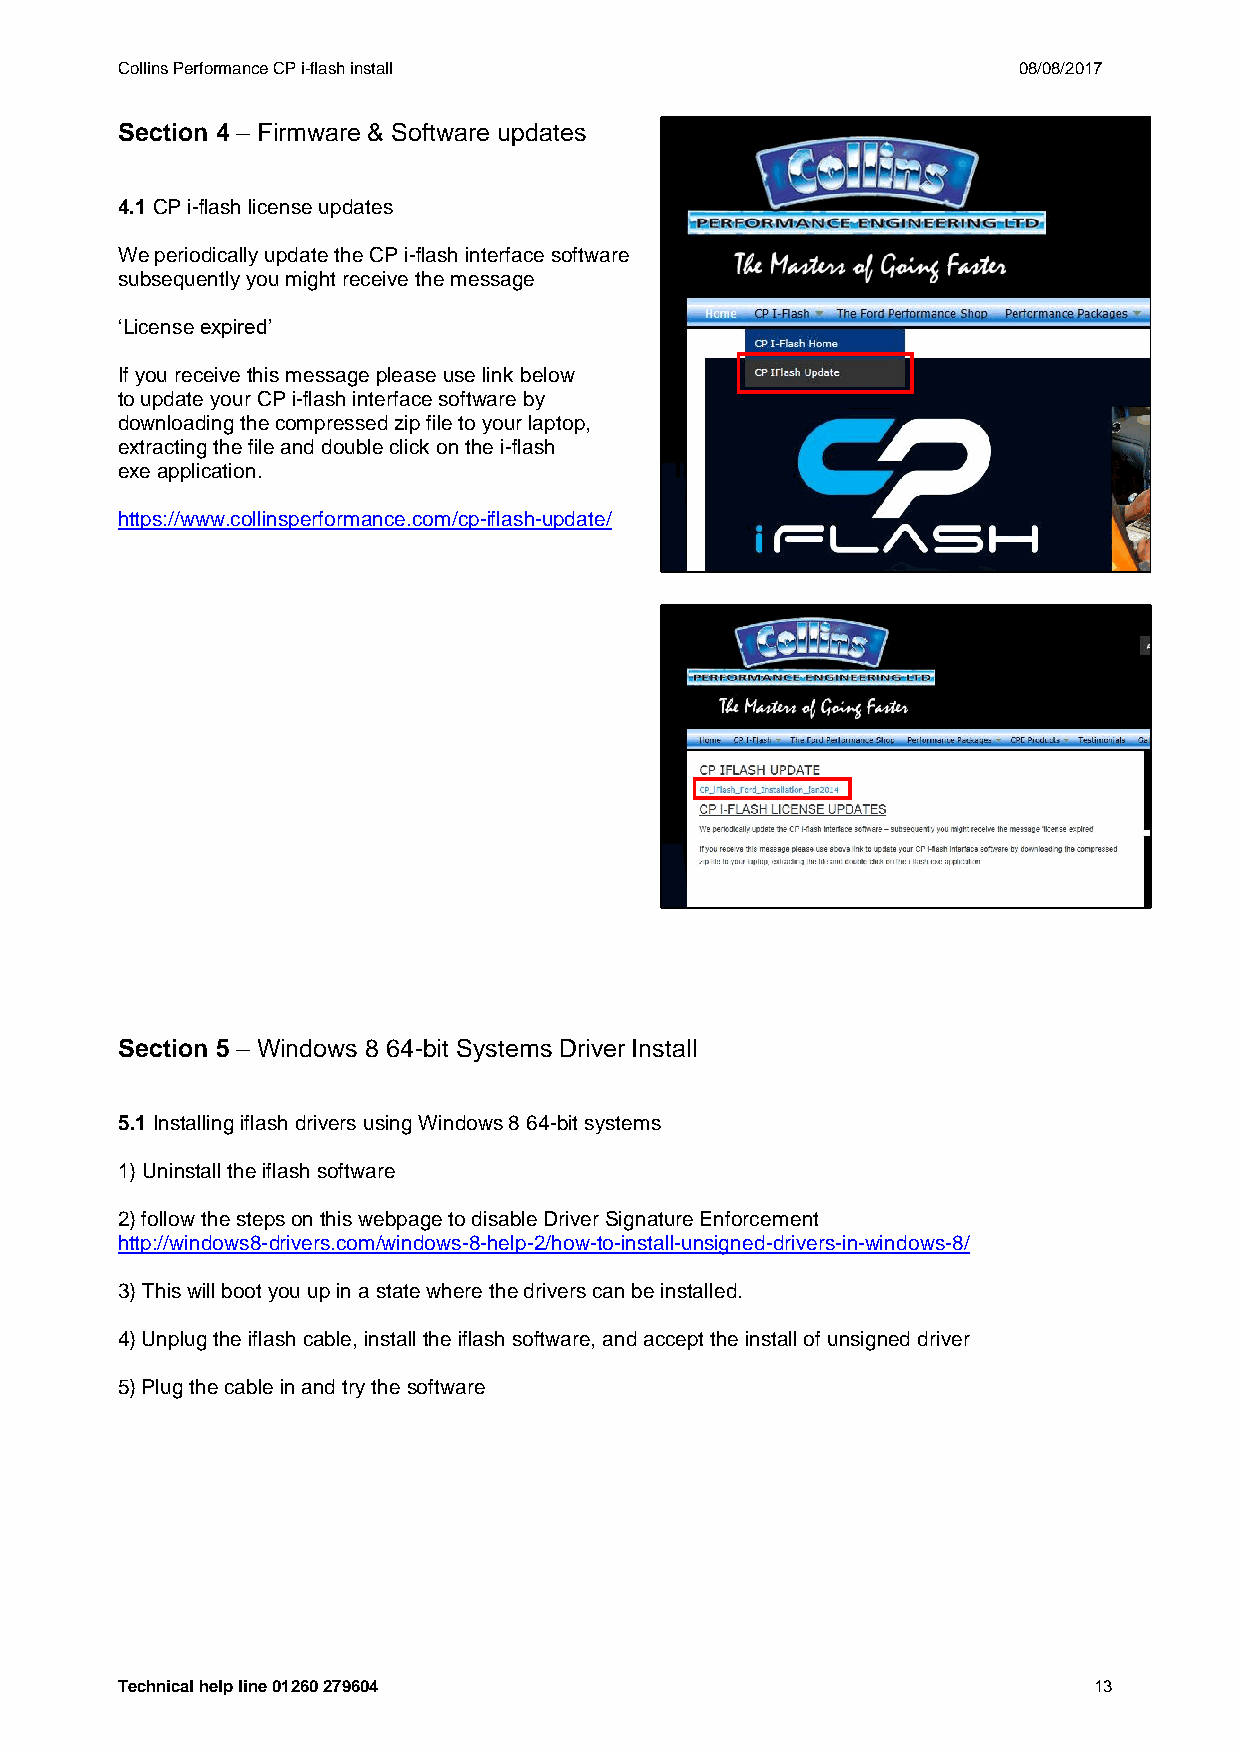
Collins Performance CP i-flash install                     08/08/2017
 Section 4 – Firmware & Software updates
 4.1 CP i-flash license updates
 We periodically update the CP i-flash interface software
 subsequently you might receive the message
 ‘License expired’
 If you receive this message please use link below
 to update your CP i-flash interface software by
 downloading the compressed zip file to your laptop,
 extracting the file and double click on the i-flash
 exe application.
 https://www.collinsperformance.com/cp-iflash-update/
 Section 5 – Windows 8 64-bit Systems Driver Install
 5.1 Installing iflash drivers using Windows 8 64-bit systems
 1) Uninstall the iflash software
 2) follow the steps on this webpage to disable Driver Signature Enforcement
 http://windows8-drivers.com/windows-8-help-2/how-to-install-unsigned-drivers-in-windows-8/
 3) This will boot you up in a state where the drivers can be installed.
 4) Unplug the iflash cable, install the iflash software, and accept the install of unsigned driver
 5) Plug the cable in and try the software
 Technical help line 01260 279604                                13